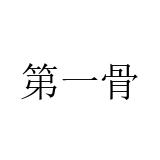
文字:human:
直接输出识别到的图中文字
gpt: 第一骨